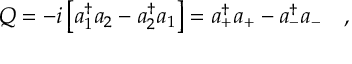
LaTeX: Q = - i \left[ a _ { 1 } ^ { \dagger } a _ { 2 } - a _ { 2 } ^ { \dagger } a _ { 1 } \right] = a _ { + } ^ { \dagger } a _ { + } - a _ { - } ^ { \dagger } a _ { - } \ \ \ ,